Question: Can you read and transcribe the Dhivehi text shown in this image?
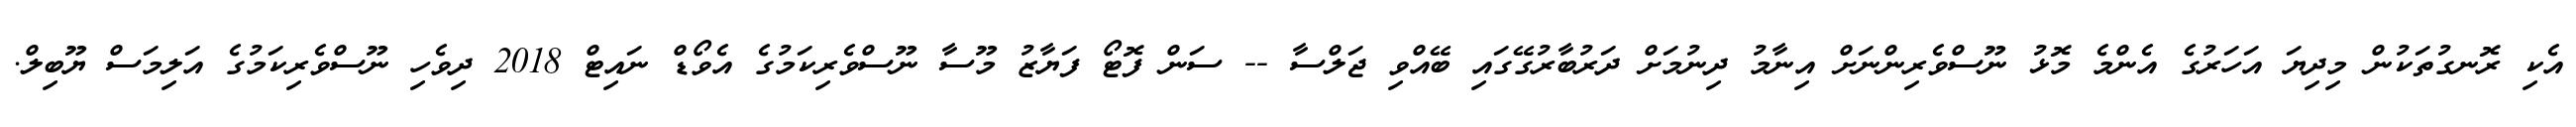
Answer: އެކި ރޮނގުތަކުން މިދިޔަ އަހަރުގެ އެންމެ މޮޅު ނޫސްވެރިންނަށް އިނާމު ދިނުމަށް ދަރުބާރުގޭގައި ބޭއްވި ޖަލްސާ -- ސަން ފޮޓޯ ފަޔާޒު މޫސާ ނޫސްވެރިކަމުގެ އެވޯޑް ނައިޓް 2018 ދިވެހި ނޫސްވެރިކަމުގެ އަލިމަސް ޔޫބިލް.